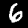
Label: 6